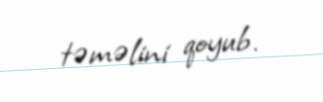
təməlini qoyub.